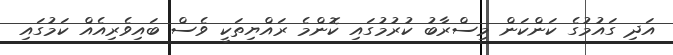
އަދި ގައުމުގެ ކަންކަން މިސްރާބު ކުރުމުގައި ކޮންމެ ރައްޔިތަކީ ވެސް ބައިވެރިއެއް ކަމުގައި